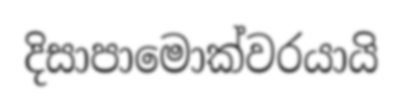
දිසාපාමොක්වරයායි